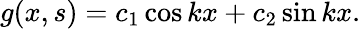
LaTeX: g(x,s)=c_{1}\cos kx+c_{2}\sin kx.